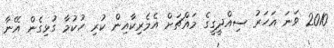
2010 ވަނަ އަހަރު ސިއްދީގީގެ މައްޗަށް އެމެރިކާއިން ކުރި ހުކުމާ ގުޅިގެން އޭނާ